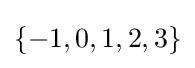
\{-1,0,1,2,3\}